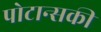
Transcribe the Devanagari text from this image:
पोटान्सकी